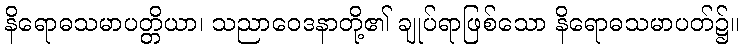
နိရောဓသမာပတ္တိယာ၊ သညာဝေဒနာတို့၏ ချုပ်ရာဖြစ်သော နိရောဓသမာပတ်၌။